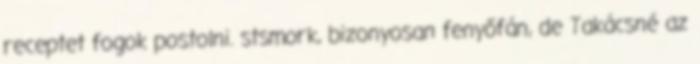
receptet fogok postolni. stsmork, bizonyosan fenyőfán, de Takácsné az